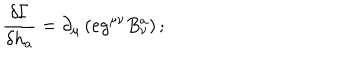
\; { \displaystyle { \frac { \delta \Gamma } { \delta h _ { a } } } } = \partial _ { \mu } \left( e g ^ { \mu \nu } B _ { \nu } ^ { a } \right) ;